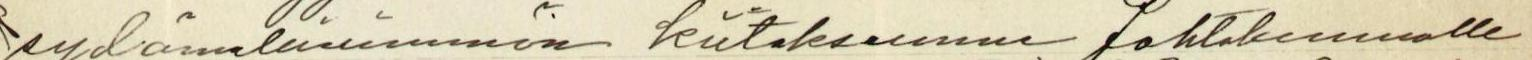
sydämellisimmän kiitoksemme johtokunnalle